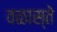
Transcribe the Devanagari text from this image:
वळास्ते